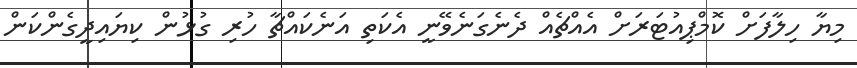
މިޔާ ހިލާފަށް ކޮމްޕިއުޓަރަށް އެއްޗެއް ދެނެގަނެވޭނީ އެކަތި އަނެކައްޗާ ހުރި ގުޅުން ކިޔައިދީގެންކަން